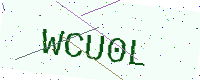
Text: WCU0L